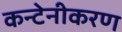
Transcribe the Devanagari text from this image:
कन्टेनीकरण